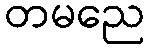
တမညေ